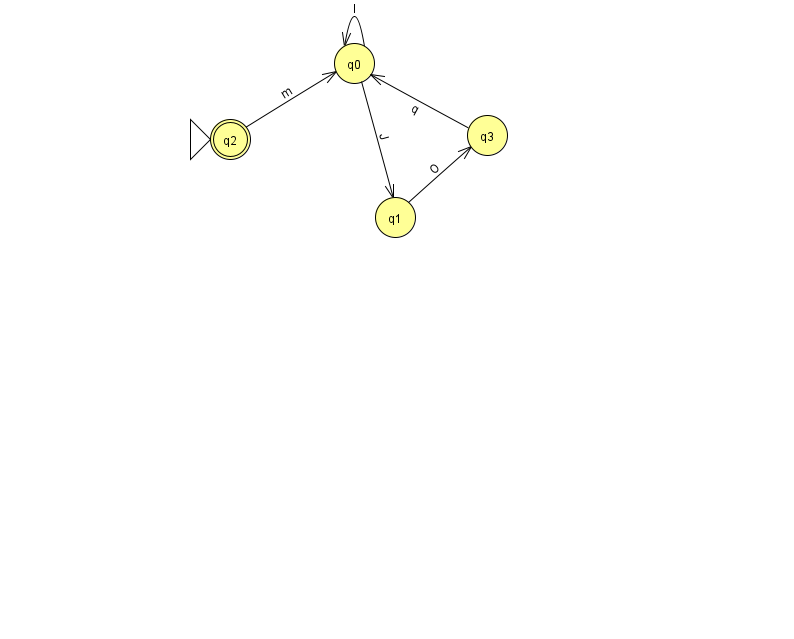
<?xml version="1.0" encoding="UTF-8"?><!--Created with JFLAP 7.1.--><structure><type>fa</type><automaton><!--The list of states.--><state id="0" name="q0"><x>354.0</x><y>50.0</y></state><state id="1" name="q1"><x>395.0</x><y>204.0</y></state><state id="2" name="q2"><x>230.0</x><y>126.0</y><initial/><final/></state><state id="3" name="q3"><x>487.0</x><y>122.0</y></state><!--The list of transitions.--><transition><from>1</from><to>3</to><read>O</read></transition><transition><from>2</from><to>0</to><read>m</read></transition><transition><from>0</from><to>0</to><read>I</read></transition><transition><from>0</from><to>1</to><read>J</read></transition><transition><from>3</from><to>0</to><read>q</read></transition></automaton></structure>